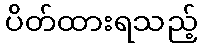
ပိတ်ထားရသည့်